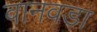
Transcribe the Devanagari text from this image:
वानवडा